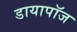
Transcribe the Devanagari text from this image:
डायापॉज